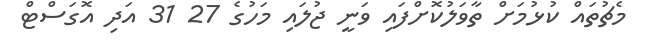
މެޗުތައް ކުޅުމަށް ތާވަލުކޮށްފައި ވަނީ ޖުލައި މަހުގެ 27 31 އަދި އޮގަސްޓް